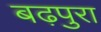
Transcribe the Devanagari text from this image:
बढ़पुरा